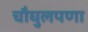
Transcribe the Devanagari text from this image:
चौघुलपणा